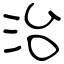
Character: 治